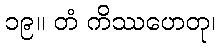
၁၉။ တံ ကိဿဟေတု၊